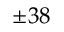
\pm 3 8